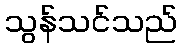
သွန်သင်သည်